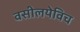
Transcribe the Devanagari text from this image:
वसीलयेविच